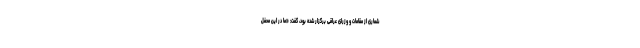
شماری از مقامات و وزرای عراقی برگزار شده بود، گفت: «ما در این محفل